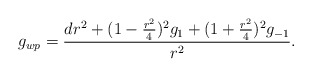
\begin{align*}g_{wp}=\frac{dr^2+(1-\frac{r^2}{4})^2g_{1}+(1+\frac{r^2}{4})^2g_{-1}}{r^2}.\end{align*}